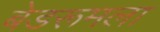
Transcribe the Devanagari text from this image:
बेडरूमला